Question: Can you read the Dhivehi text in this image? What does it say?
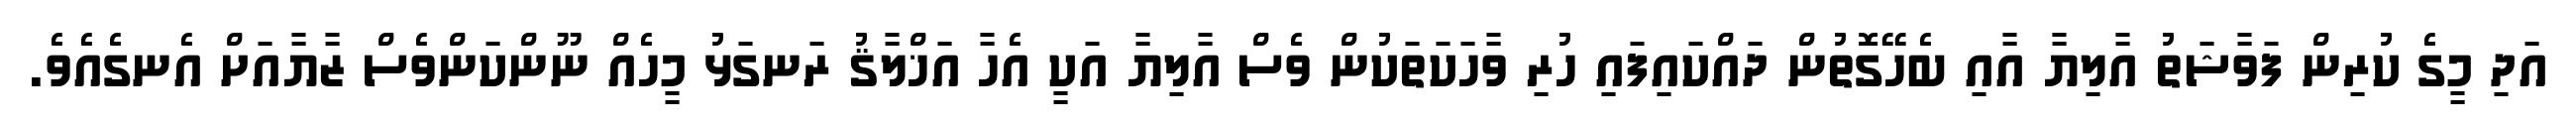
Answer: އަދި މީގެ ކުރިން ފަވާޝަތު އާލިޔާ އާއި ބެހޭގޮތުން ދައްކައިފައި ހުރި ވާހަކަތަކުން ވެސް އާލިޔާ އަކީ އެހާ އަޚްލާޤު ރަނގަޅު މީހެއް ނޫންކަންވެސް ޒާޔާއަށް އެނގެއެވެ.